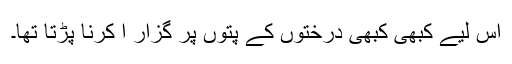
اس لیے کبھی کبھی درختوں کے پتوں پر گزار ا کرنا پڑتا تھا۔